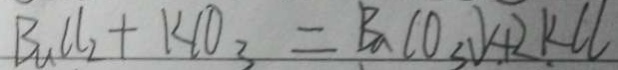
B _ { u } C l _ { 2 } + K C O _ { 3 } = B a C O _ { 3 } \downarrow + 2 k C l